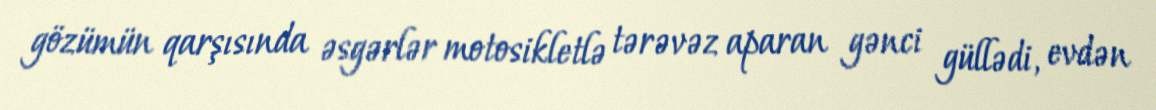
gözümün qarşısında əsgərlər motosikletlə tərəvəz aparan gənci güllədi, evdən